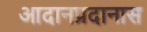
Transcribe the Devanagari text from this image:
आदानप्रदानास